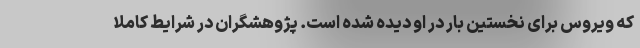
که ویروس برای نخستین بار در او دیده شده است. پژوهشگران در شرایط کاملا